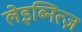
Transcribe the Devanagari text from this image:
लेइब्नित्ज़